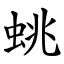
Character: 䖴